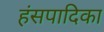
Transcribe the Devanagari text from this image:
हंसपादिका